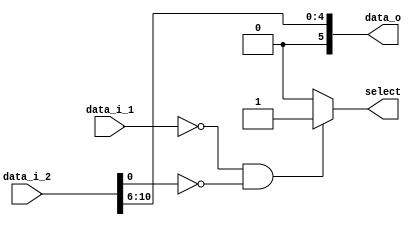
`timescale 1ns / 1ps
//////////////////////////////////////////////////////////////////////////////////
// Company: 
// Engineer: 
// 
// Design Name: 
// Module Name:    SLL_MUX 
// Project Name: 
// Target Devices: 
// Tool versions: 
// Description: 
//
// Dependencies: 
//
// Revision: 
// Revision 0.01 - File Created
// Additional Comments: 
//
//////////////////////////////////////////////////////////////////////////////////
module SLL_MUX(
    data_i_1,
	 data_i_2,
    
	 select,
    data_o
    );

input [6-1:0] data_i_1;
input [15-1:0] data_i_2;
output select;
output [6-1:0] data_o;

reg select;
assign data_o=data_i_2[10:6];
assign fun=data_i_2[5:0];

always@( data_i_1 or  data_i_2)
begin

if(data_i_1==0&&fun==0)
   select<=1;

else 
   select<=0;
end


 
	
endmodule